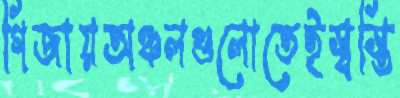
গিজায়অঞ্চলগুলোতেইস্বস্তি